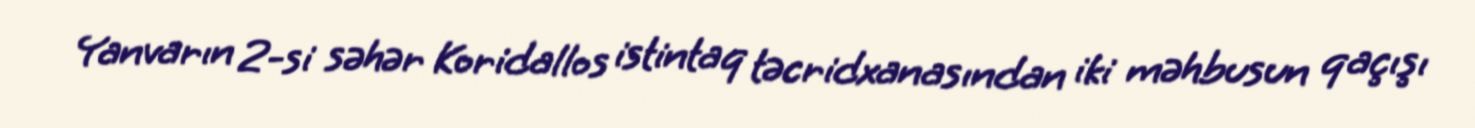
Yanvarın 2-si səhər Koridallos istintaq təcridxanasından iki məhbusun qaçışı